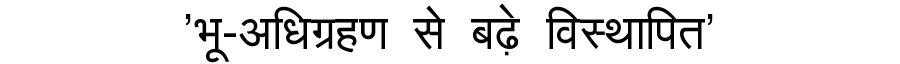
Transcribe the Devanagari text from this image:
'भू-अधिग्रहण से बढ़े विस्थापित'